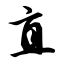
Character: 直